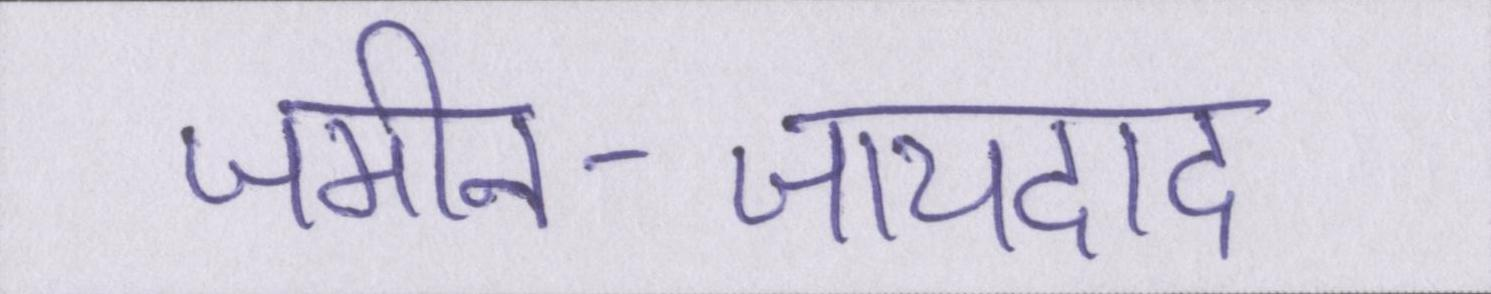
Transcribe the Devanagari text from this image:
जमीन-जायदाद